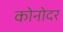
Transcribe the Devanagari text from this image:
कोनोदर